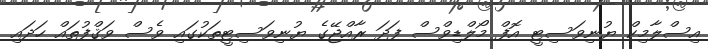
އިސްލާމިކް ޔުނިވަސިޓީ އޮފް މޯލްޑިވްސް ފަދަ ރާއްޖޭގެ ޔުނިވަސިޓީތަކުގައި ވެސް ވަޤްފުތައް ހަދައި